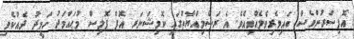
އޮފިސަރުންވެސް ބައިވެރިވެލެއްވިއެވެ. އެ ރަސްމިއްޔާތުގައި ކޮމިޝަނަރ އޮފް ޕޮލިސް މުޙައްމަދު ހަމީދު ދެއްކެވި